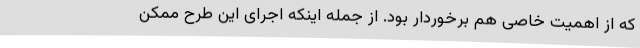
که از اهمیت خاصی هم برخوردار بود. از جمله اینکه اجرای این طرح ممکن